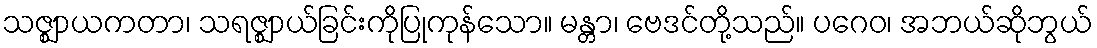
သဇ္ဈာယကတာ၊ သရဇ္ဈာယ်ခြင်းကိုပြုကုန်သော။ မန္တာ၊ ဗေဒင်တို့သည်။ ပဂေဝ၊ အဘယ်ဆိုဘွယ်